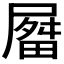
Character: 𫵤